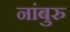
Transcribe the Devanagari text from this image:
नांबुरु